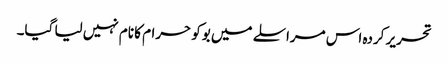
تحریر کردہ اس مراسلے میں بوکو حرام کا نام نہیں لیا گیا۔